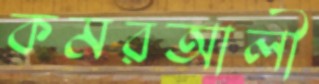
কমরআলী